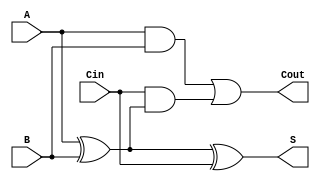
module full_adder (
    input  wire A,     // First binary input
    input  wire B,     // Second binary input
    input  wire Cin,   // Carry-in input
    output wire S,     // Sum output
    output wire Cout   // Carry-out output
);

// Behavioral description of the full adder
assign S = A ^ B ^ Cin;                // Sum calculation using XOR
assign Cout = (A & B) | (Cin & (A ^ B)); // Carry-out calculation

endmodule